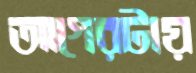
আগেরটায়